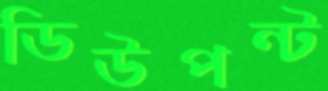
ডিউপন্ট